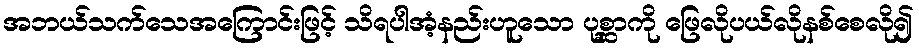
အဘယ်သက်သေအကြောင်းဖြင့် သိရပါအံ့နည်းဟူသော ပုစ္ဆာကို ဖြေလိုပယ်လိုနစ်စေလို၍